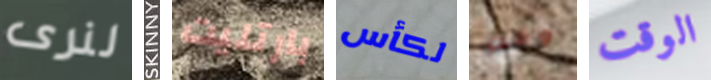
لنرى SKINNY بارتليت لكأس وقت الوقت